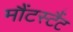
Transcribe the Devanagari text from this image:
मौंटस्टैंट